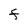
Character: F